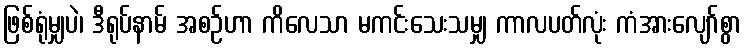
ဖြစ်ရုံမျှပဲ၊ ဒီရုပ်နာမ် အစဉ်ဟာ ကိလေသာ မကင်းသေးသမျှ ကာလပတ်လုံး ကံအားလျော်စွာ